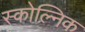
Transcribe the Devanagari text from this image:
स्कोल्निक